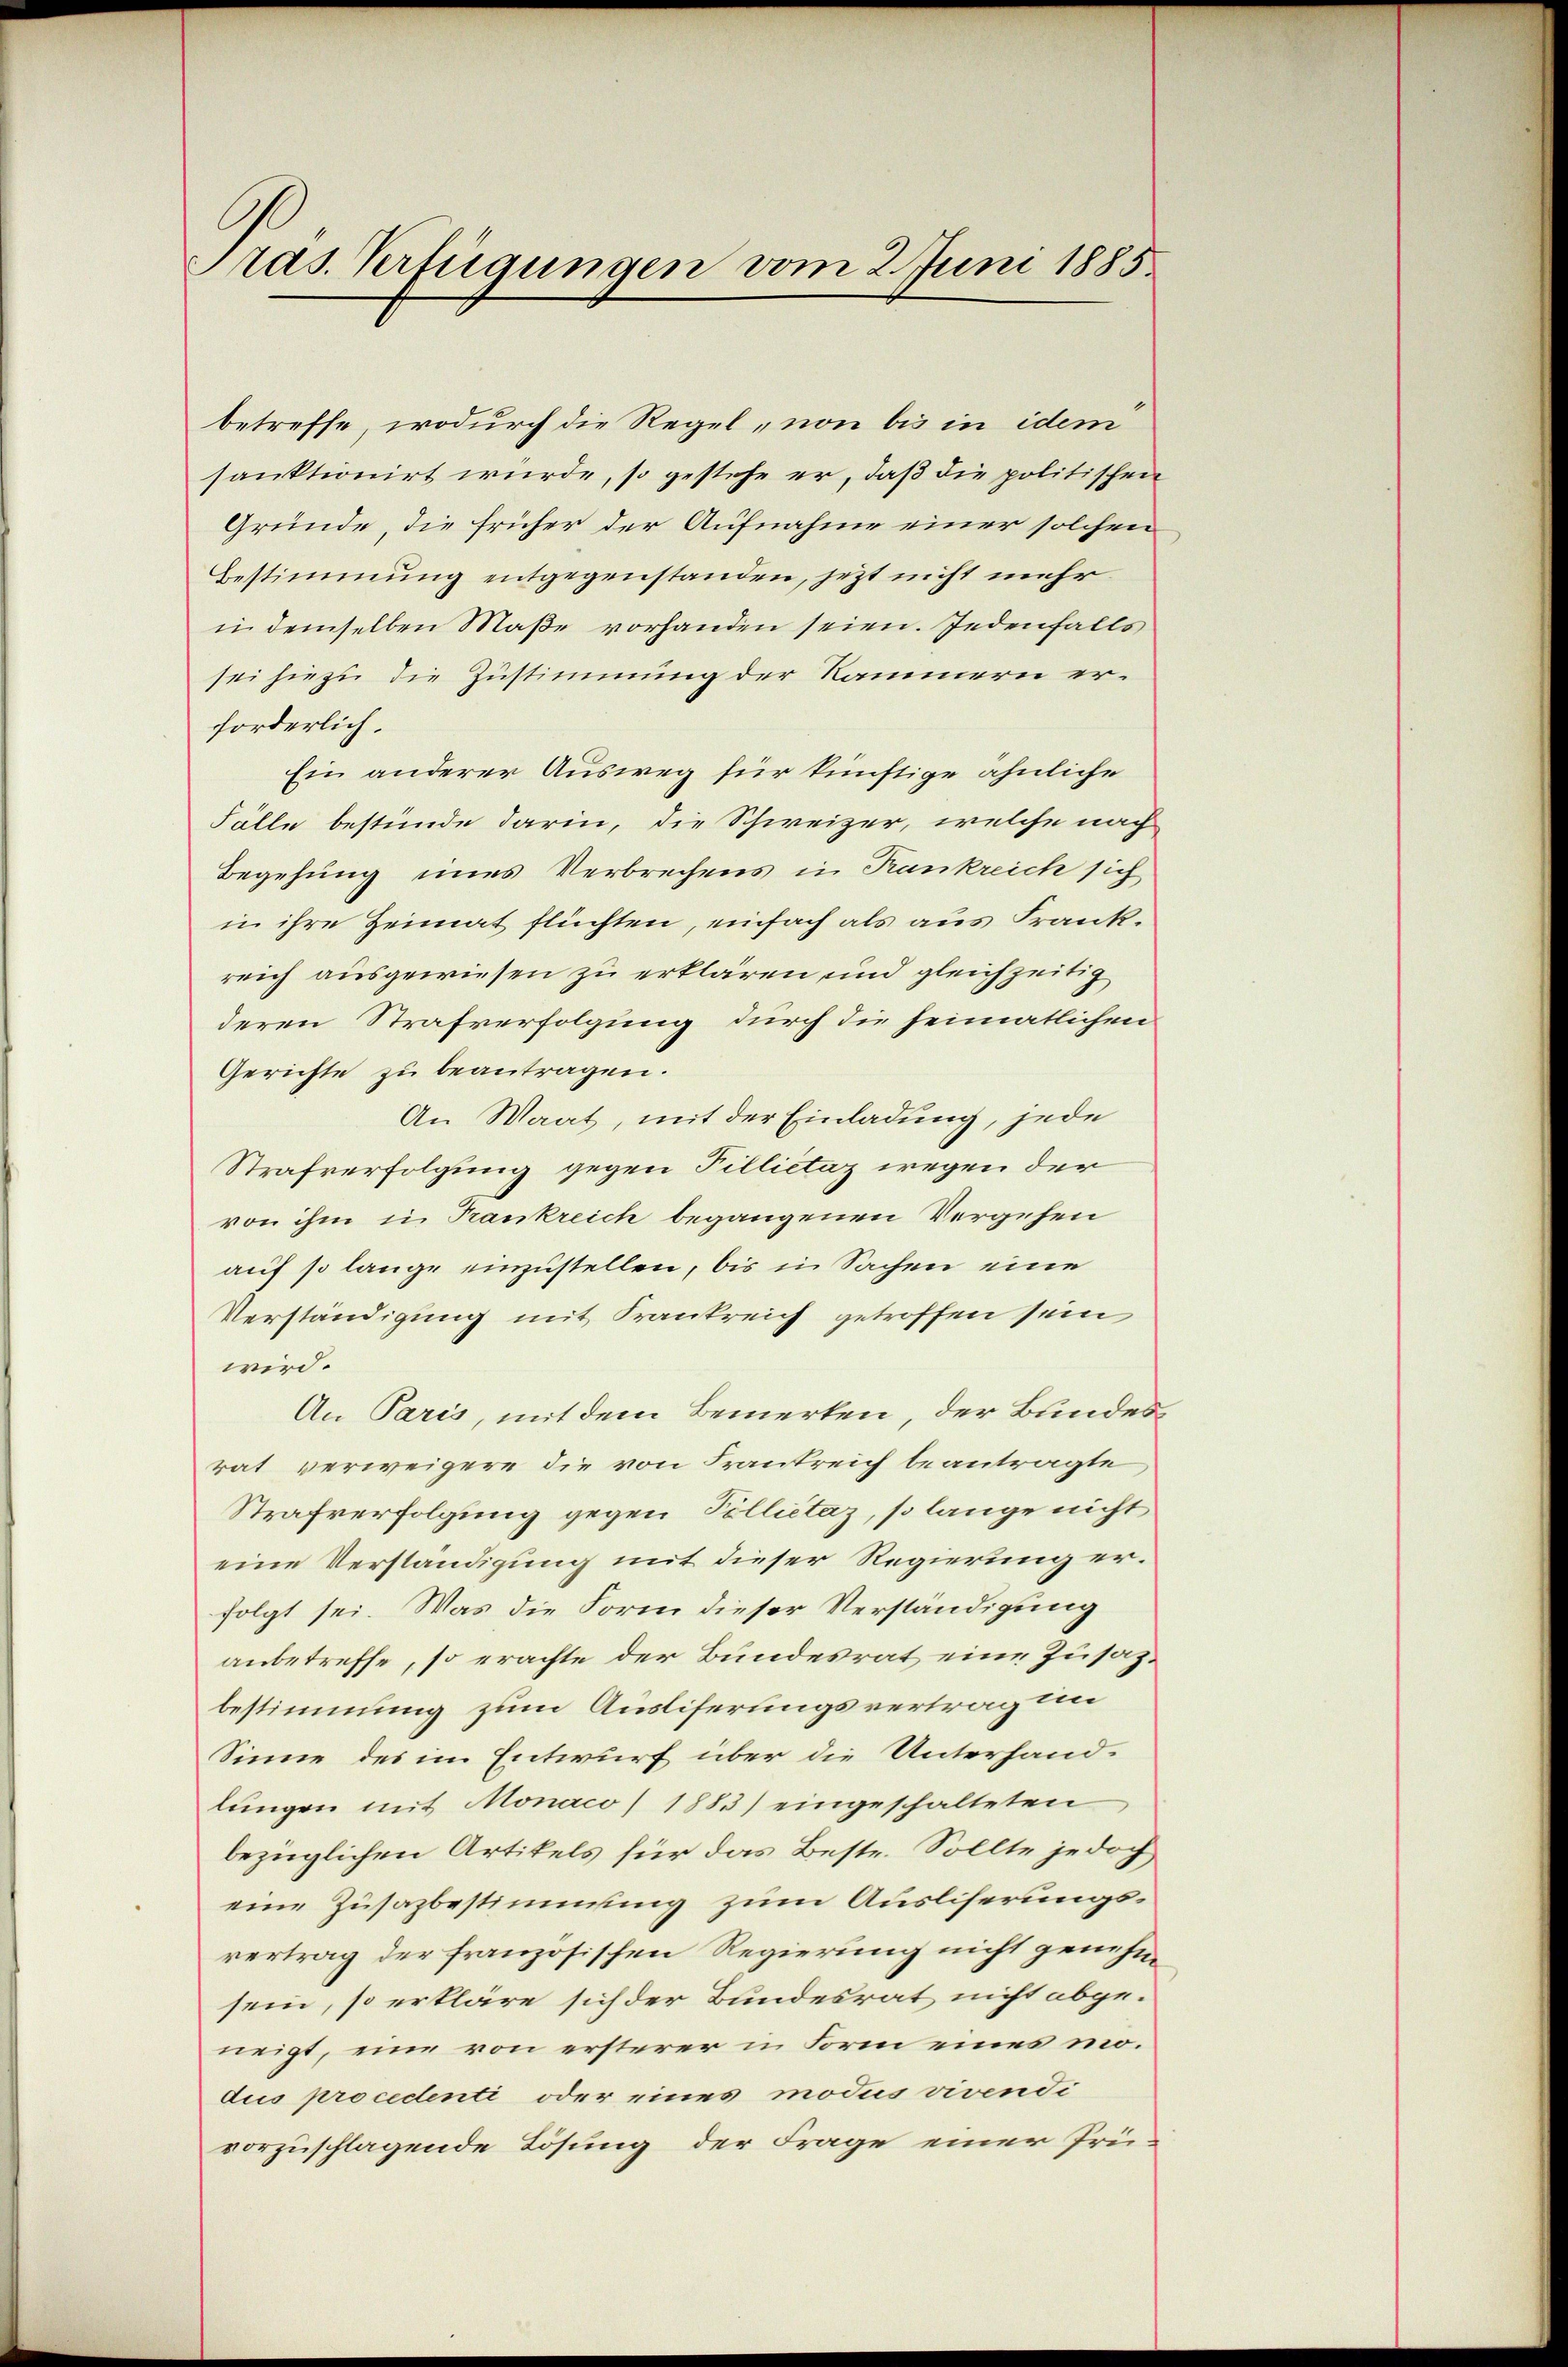
Pras. Verfügungen vom 2. Juni 1885.

betreffe, wodurch die Regel, non bis in idem
sanktionirt wurde, so gestehe er, daß die politischen
Gründe, die früher der Aufnahme einer solchen
Bestimmung entgegenstanden, jetzt nicht mehr
in demselben Maße vorhanden seien. Jedenfalls
sei hiezu die Zustimmung der Kammern erforderlich.
Ein anderer Ausweg für künftige ähnliche
Fälle bestünde darin, die Schweizer, welche nach
Begehung eines Verbrechens in Krankreich sich
in ihre Heimat flüchten, einfach als aus Frankreich ausgewiesen zu erklären und gleichzeitig
deren Strafverfolgung durch die heimatlichen
Gerichte zu beantragen.
An Waat, mit der Einladung, jede
Strafverfolgung gegen Pillietaz wegen der
von ihm in Trankreich begangenen Vergehen
auf so lange einzustellen, bis in Sachen eine
Verständigung mit Frankreich getroffen sein
wird.
An Paris, mit dem Bemerken, der Bundesrat verweigere die von Frankreich beantragte
Strafverfolgung gegen Pollietaz, so lange nicht
eine Verständigung mit dieser Regierung erfolgt sei. Was die Form dieser Verständigung
anbetreffe, so erachte der Bundesrat eine Zusatz.
bestimmung zum Ausliserungsvertrag in
Sinne des in Entwurf über die Unterhandlungen mit Monaco) 1883) eingeschalteten
bezüglichen Artikels für das Beste. Sollte jedoch
eine Zusazbestimmung zum Ausliserungsrertrag der französischen Regierung nicht genehm
sein, so erkläre sich der Bundesrat nicht abge-
neigt, eine von ersterer in Form eines modus procedenti oder eines modus vivendi
vorzuschlagende Lösung der Frage einer Prü-